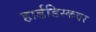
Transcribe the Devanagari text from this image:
हार्डडिस्कवर